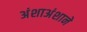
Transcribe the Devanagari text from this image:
अंशाअंशाने